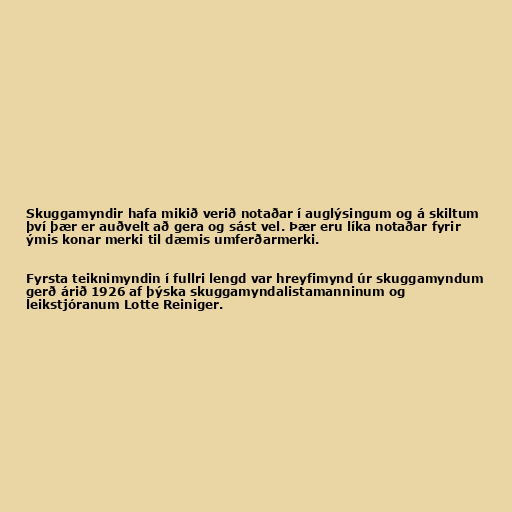
Skuggamyndir hafa mikið verið notaðar í auglýsingum og á skiltum
því þær er auðvelt að gera og sást vel. Þær eru líka notaðar fyrir
ýmis konar merki til dæmis umferðarmerki.

Fyrsta teiknimyndin í fullri lengd var hreyfimynd úr skuggamyndum
gerð árið 1926 af þýska skuggamyndalistamanninum og
leikstjóranum Lotte Reiniger.